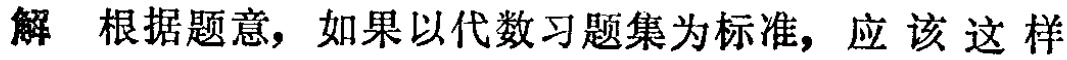
解 根据题意，如果以代数习题集为标准，应该这样